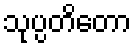
သုပ္ပတိတော